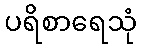
ပရိစာရေသုံ